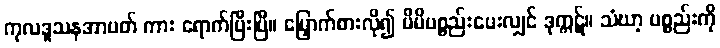
ကုလဒူသနအာပတ် ကား ရောက်ပြီးပြီ။ မြှောက်စားလို၍ မိမိပစ္စည်းပေးလျှင် ဒုက္ကဋ်။ သံဃာ့ ပစ္စည်းကို